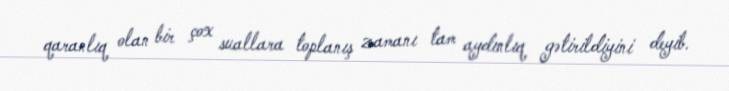
qaranlıq olan bir çox suallara toplanış zamanı tam aydınlıq gətirildiyini deyib.